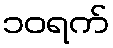
၁၀ရက်